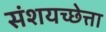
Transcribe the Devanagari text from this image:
संशयच्छेत्ता